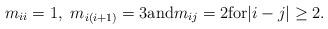
LaTeX: \begin{align*}m_{ii}=1, ~m_{i(i+1)}=3 \mbox{and}m_{ij}=2 \mbox{for} |i-j|\geq 2.\end{align*}